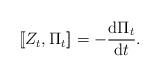
LaTeX: \begin{gather*}[\![Z_{t},\Pi_{t}]\!]=-\frac{\mathrm{d}\Pi_{t}}{\mathrm{d}t}.\end{gather*}